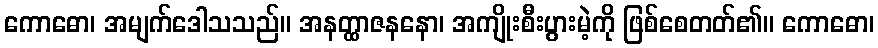
ကောဓော၊ အမျက်ဒေါသသည်။ အနတ္ထာဇနနော၊ အကျိုးစီးပွားမဲ့ကို ဖြစ်စေတတ်၏။ ကောဓော၊